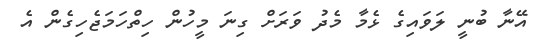
އޭނާ ބުނީ ލަވައިގެ ޅެމާ މެދު ވަރަށް ގިނަ މީހުން ހިތްހަމަޖެހިގެން އެ